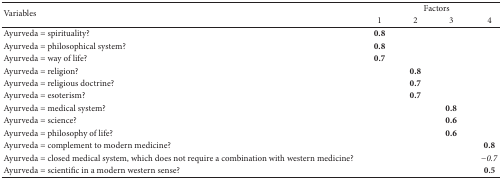
| <ROWSPAN=2> Variables | <COLSPAN=4> Factors |
 | 1 | 2 | 3 | 4 |
 | --- | --- | --- | --- | --- |
 | Ayurveda = spirituality? | 0.8 |  |  |  |
 | Ayurveda = philosophical system? | 0.8 |  |  |  |
 | Ayurveda = way of life? | 0.7 |  |  |  |
 | Ayurveda = religion? |  | 0.8 |  |  |
 | Ayurveda = religious doctrine? |  | 0.7 |  |  |
 | Ayurveda = esoterism? |  | 0.7 |  |  |
 | Ayurveda = medical system? |  |  | 0.8 |  |
 | Ayurveda = science? |  |  | 0.6 |  |
 | Ayurveda = philosophy of life? |  |  | 0.6 |  |
 | Ayurveda = complement to modern medicine? |  |  |  | 0.8 |
 | Ayurveda = closed medical system, which does not require a combination with western medicine? |  |  |  | −0.7 |
 | Ayurveda = scientific in a modern western sense? |  |  |  | 0.5 |